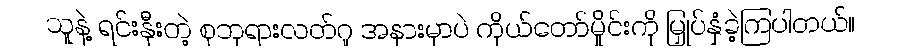
သူနဲ့ ရင်းနှီးတဲ့ စုဘုရားလတ်ဂူ အနားမှာပဲ ကိုယ်တော်မှိုင်းကို မြှုပ်နှံခဲ့ကြပါတယ်။